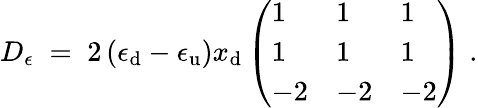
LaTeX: D_{\epsilon}\; =\; 2\left(\epsilon_{\mathrm{d}}-\epsilon_{\mathrm{u}}\right)x_{\mathrm{d}}\left(\begin{array}{lll}{{1}}&{{1}}&{{1}}\\ {{1}}&{{1}}&{{1}}\\ {{-2}}&{{-2}}&{{-2}}\end{array}\right)\; .